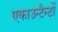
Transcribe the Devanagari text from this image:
एकाउन्टैन्टों